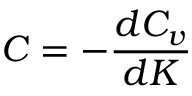
C = - { \frac { d C _ { v } } { d K } }